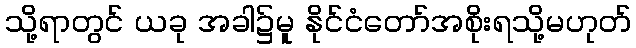
သို့ရာတွင် ယခု အခါ၌မူ နိုင်ငံတော်အစိုးရသို့မဟုတ်